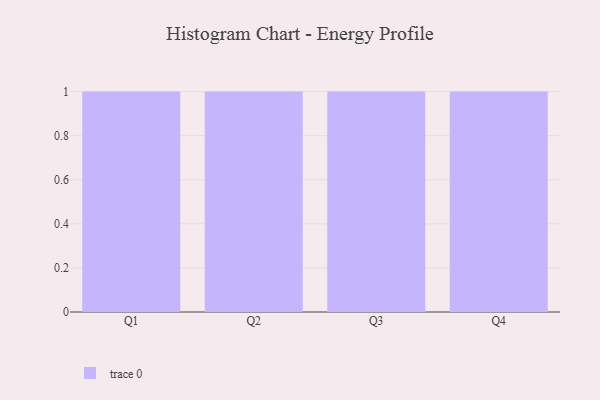
{"axis": {"x": "Quarter", "y": "Market Share (%)"}, "legend": [""], "data": [{"x": "Q1", "y": 10, "type": ""}, {"x": "Q2", "y": 99, "type": ""}, {"x": "Q3", "y": 5, "type": ""}, {"x": "Q4", "y": 98, "type": ""}]}